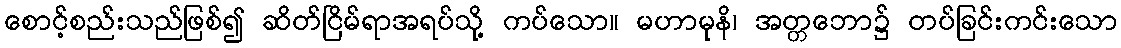
စောင့်စည်းသည်ဖြစ်၍ ဆိတ်ငြိမ်ရာအရပ်သို့ ကပ်သော။ မဟာမုနိ၊ အတ္တဘော၌ တပ်ခြင်းကင်းသော